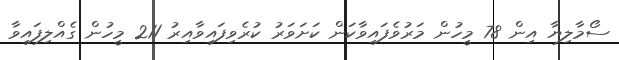
ސޯމާލިޔާ އިން 78 މީހުން މަރުވެފައިވާކަން ކަށަވަރު ކުރެވިފައިވާއިރު 211 މީހުން ގެއްލިފައިވާ